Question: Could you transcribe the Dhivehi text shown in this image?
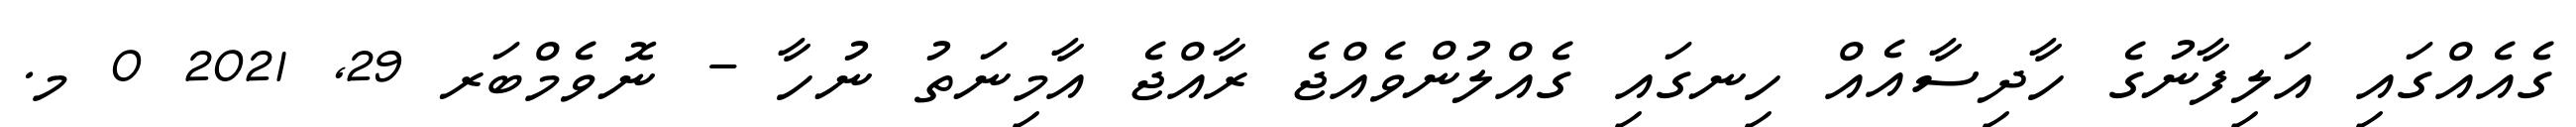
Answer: ގެއެއްގައި އަލިފާނުގެ ހާދިސާއެއް ހިނގައި ގެއްލުންވެއްޖެ ރާއްޖެ އާމިނަތު ނުހާ - ނޮވެމްބަރ 29, 2021 0 މ.